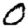
Digit: 0